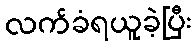
လက်ခံရယူခဲ့ပြီး